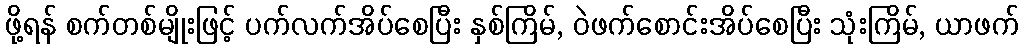
ဖို့ရန် စက်တစ်မျိုးဖြင့် ပက်လက်အိပ်စေပြီး နှစ်ကြိမ်, ဝဲဖက်စောင်းအိပ်စေပြီး သုံးကြိမ်, ယာဖက်